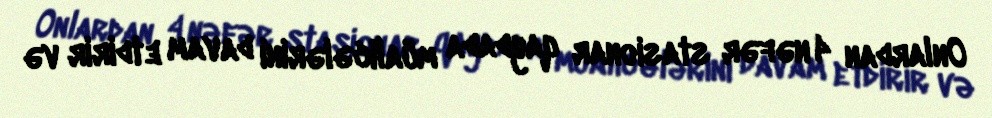
Onlardan 4 nəfər stasionar qaydada müalicələrini davam etdirir və